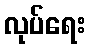
လုပ်ရေး